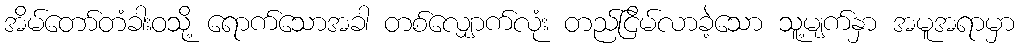
အိမ်တော်တံခါးဝသို့ ရောက်သောအခါ တစ်လျှောက်လုံး တည်ငြိမ်လာခဲ့သော သူ့မျက်နှာ အမူအရာမှာ